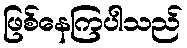
ဖြစ်နေကြပါသည်